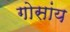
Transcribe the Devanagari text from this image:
गोसांय